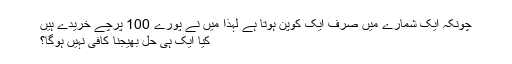
چونکہ ایک شمارے میں صرف ایک کوپن ہوتا ہے لہذا میں نے پورے 100 پرچے خریدے ہیں
کیا ایک ہی حل بھیجنا کافی نہیں ہوگا؟